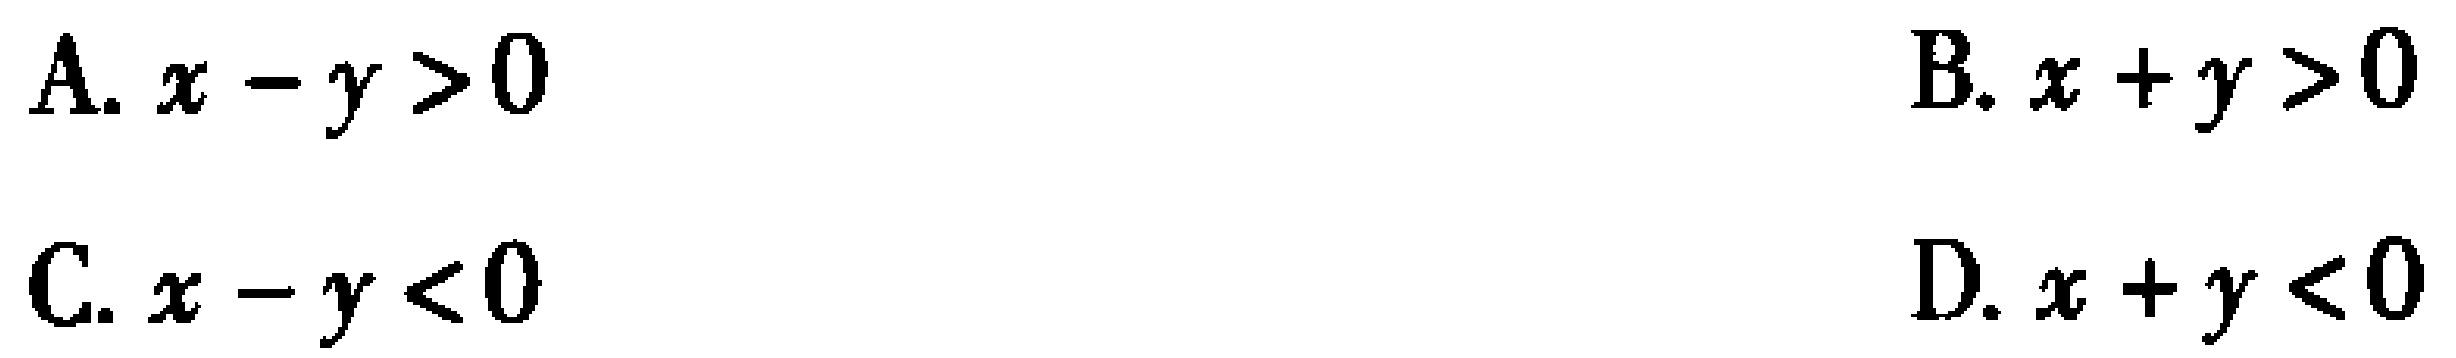
A. \(x - y > 0\)

B. \(x + y > 0\)

C. \(x - y < 0\)

D. \(x + y < 0\)